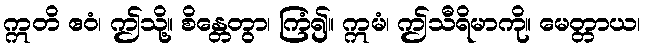
ဣတိ ဧဝံ၊ ဤသို့။ စိန္တေတွာ၊ ကြံ၍။ ဣမံ၊ ဤသီရိမာကို။ မေတ္တာယ၊